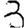
Digit: 3